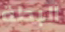
البطة